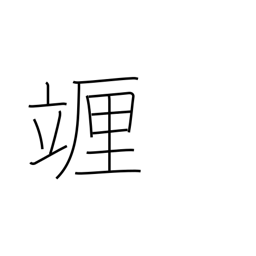
Meaning: centilitre